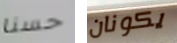
حسنا يكونان